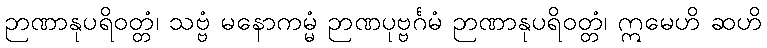
ဉာဏာနုပရိဝတ္တံ၊ သဗ္ဗံ မနောကမ္မံ ဉာဏပုဗ္ဗင်္ဂမံ ဉာဏာနုပရိဝတ္တံ၊ ဣမေဟိ ဆဟိ